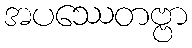
အပဿေတဗ္ဗာ